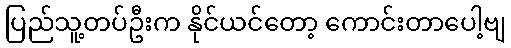
ပြည်သူ့တပ်ဦးက နိုင်ယင်တော့ ကောင်းတာပေါ့ဗျ